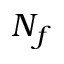
N _ { f }